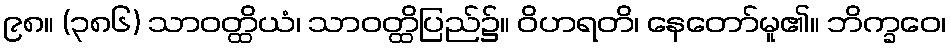
၉၈။ (၃၈၆) သာဝတ္ထိယံ၊ သာဝတ္ထိပြည်၌။ ဝိဟရတိ၊ နေတော်မူ၏။ ဘိက္ခဝေ၊